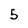
Character: 5